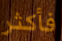
فأكثر